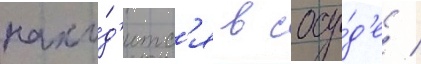
нахо́д'итс'я в сосу́д'е /